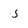
Character: 5